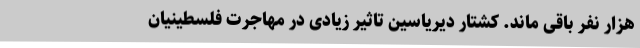
هزار نفر باقی ماند. کشتار دیریاسین تاثیر زیادی در مهاجرت فلسطینیان